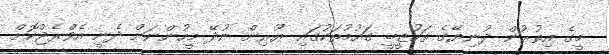
މީގެ އިތުރުން ދުނިޔޭގެ ތަހުޒީބީ ގައުމުތަކުގައި ޔޫރިން ނުދޭ މީހުންނަށް ދެނީ އެވްރެޖްކޮށް